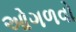
ઓગળવો